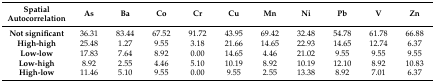
<table><thead><tr><td><b>Spatial Autocorrelation</b></td><td><b>As</b></td><td><b>Ba</b></td><td><b>Co</b></td><td><b>Cr</b></td><td><b>Cu</b></td><td><b>Mn</b></td><td><b>Ni</b></td><td><b>Pb</b></td><td><b>V</b></td><td><b>Zn</b></td></tr></thead><tbody><tr><td><b>Not significant</b></td><td>36.31</td><td>83.44</td><td>67.52</td><td>91.72</td><td>43.95</td><td>69.42</td><td>32.48</td><td>54.78</td><td>61.78</td><td>66.88</td></tr><tr><td><b>High-high</b></td><td>25.48</td><td>1.27</td><td>9.55</td><td>3.18</td><td>21.66</td><td>14.65</td><td>22.93</td><td>14.65</td><td>12.74</td><td>6.37</td></tr><tr><td><b>Low-low</b></td><td>17.83</td><td>7.64</td><td>8.92</td><td>0.00</td><td>14.65</td><td>4.46</td><td>21.02</td><td>9.55</td><td>9.55</td><td>9.55</td></tr><tr><td><b>Low-high</b></td><td>8.92</td><td>2.55</td><td>4.46</td><td>5.10</td><td>10.19</td><td>8.92</td><td>10.19</td><td>12.10</td><td>8.92</td><td>10.83</td></tr><tr><td><b>High-low</b></td><td>11.46</td><td>5.10</td><td>9.55</td><td>0.00</td><td>9.55</td><td>2.55</td><td>13.38</td><td>8.92</td><td>7.01</td><td>6.37</td></tr></tbody></table>